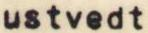
ustvedt